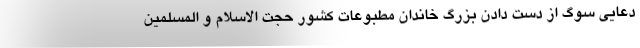
دعایی سوگ از دست دادن بزرگ خاندان مطبوعات کشور حجت الاسلام و المسلمین